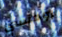
رومنسي